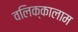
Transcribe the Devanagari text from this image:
वलिक्कालाम